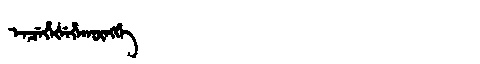
Manchu: ᡝᠨᠴᡝᡥᡝᡧᡝᡥᠠᡴᡡᠩᡤᡝ
Romanization: ENCEHEŠEHAKŪNGGE